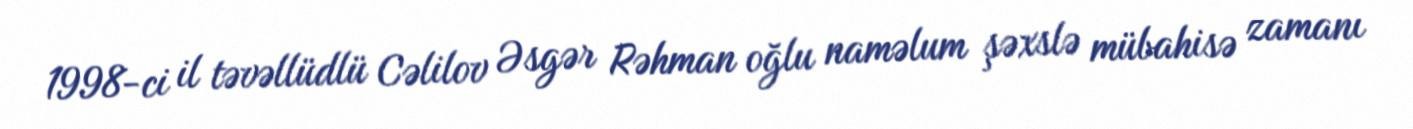
1998-ci il təvəllüdlü Cəlilov Əsgər Rəhman oğlu naməlum şəxslə mübahisə zamanı